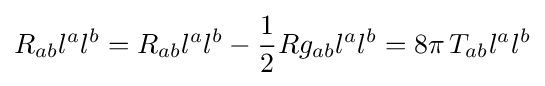
R_{ab}l^{a}l^{b}=R_{ab}l^{a}l^{b}-{\frac {1}{2}}Rg_{ab}l^{a}l^{b}=8\pi \,T_{ab}l^{a}l^{b}